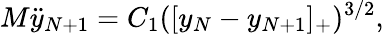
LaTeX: M\ddot{y}_{N+1}={C_{1}}([y_{N}-y_{N+1}]_{+})^{3/2},